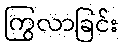
ကြွလာခြင်း